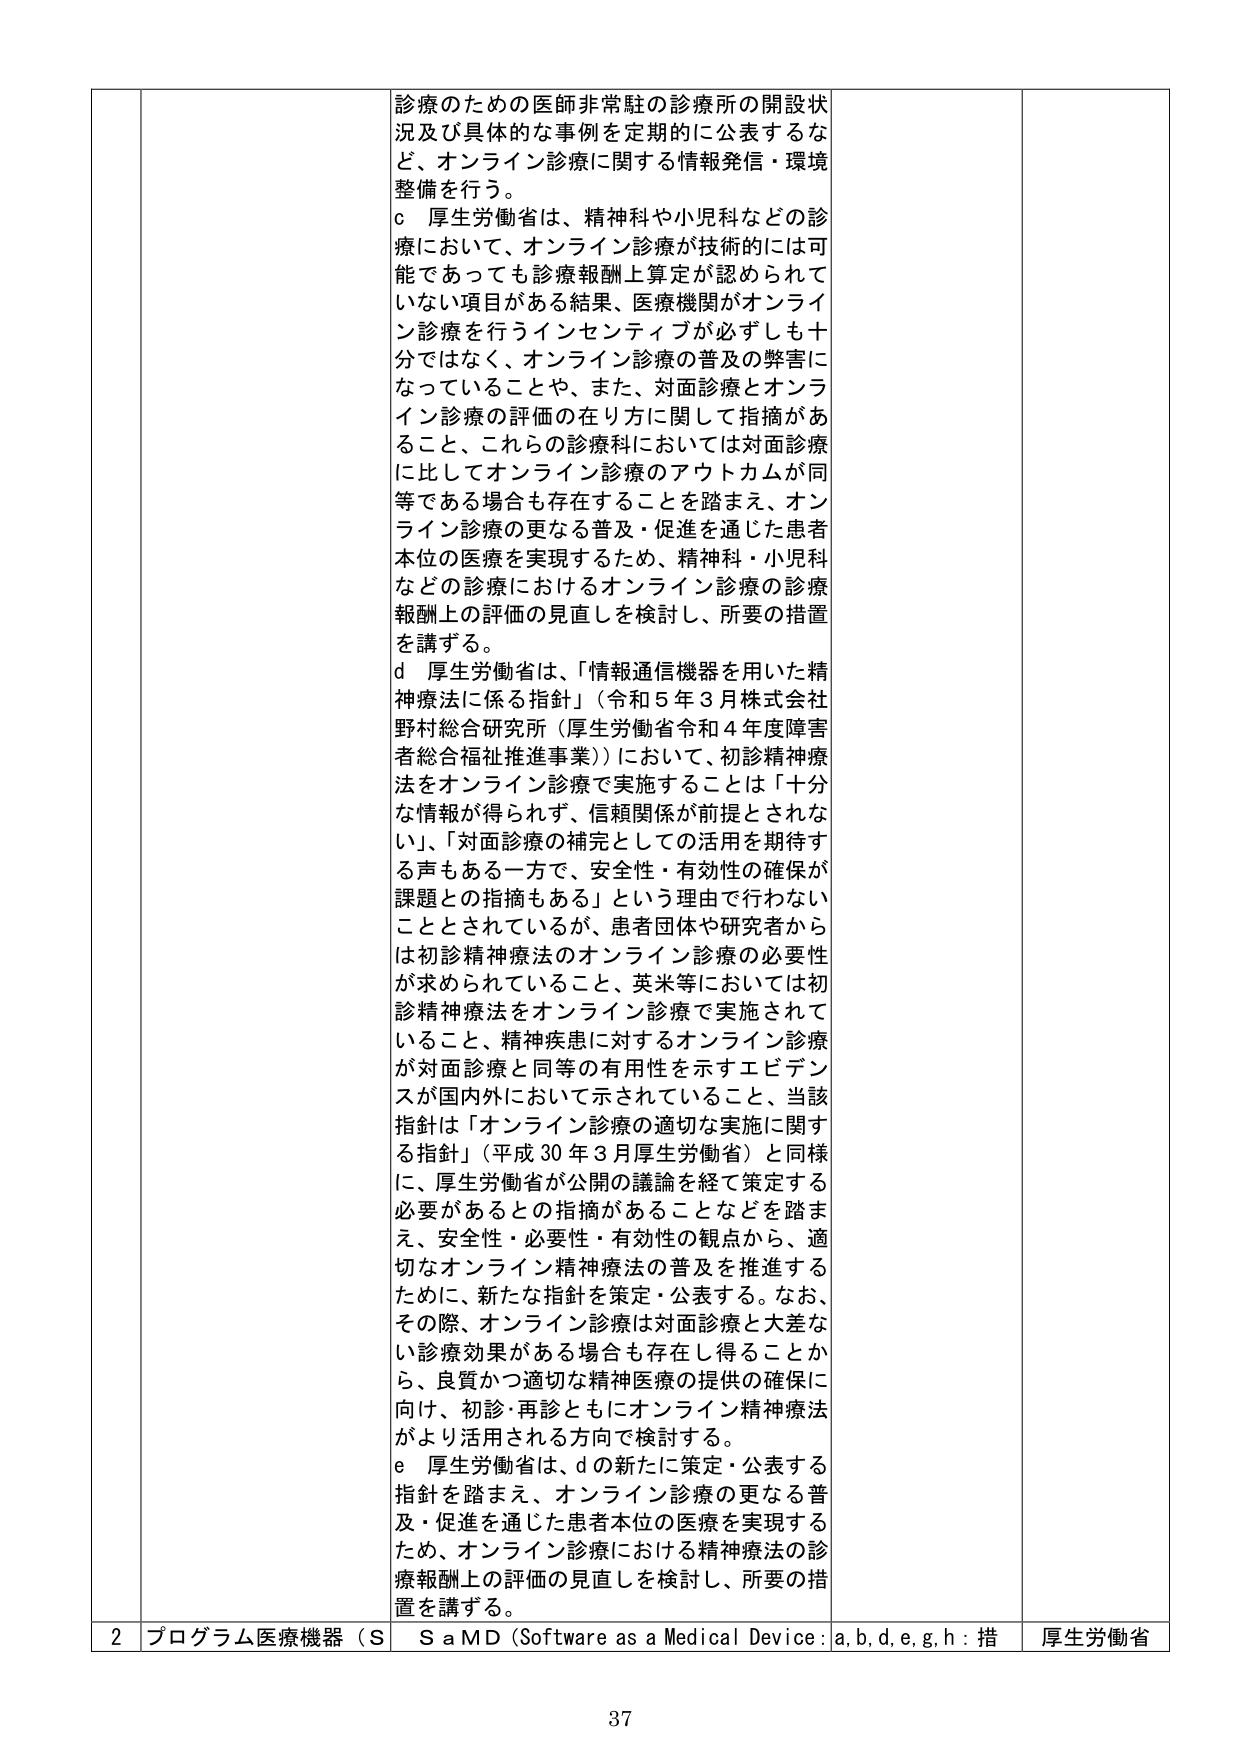
診療のための医師非常駐の診療所の開設状況及び具体的な事例を定期的に公表するなど、オンライン診療に関する情報発信・環境整備を行う。

c 厚生労働省は、精神科や小児科などの診療において、オンライン診療が技術的には可能であっても診療報酬上算定が認められていない項目がある結果、医療機関がオンライン診療を行うインセンティブが必ずしも十分ではなく、オンライン診療の普及の弊害になっていることや、また、対面診療とオンライン診療の評価の在り方に関して指摘があること、これらの診療科においては対面診療に比してオンライン診療のアウトカムが同等である場合も存在することを踏まえ、オンライン診療の更なる普及・促進を通じた患者本位の医療を実現するため、精神科・小児科などの診療におけるオンライン診療の診療報酬上の評価の見直しを検討し、所要の措置を講ずる。

d 厚生労働省は、「情報通信機器を用いた精神療法に係る指針」（令和5年3月株式会社野村総合研究所（厚生労働省令和4年度障害者総合福祉推進事業））において、初診精神療法をオンライン診療で実施することは「十分な情報が得られず、信頼関係が前提とされない」、「対面診療の補完としての活用を期待する声もある一方で、安全性・有効性の確保が課題との指摘もある」という理由で行わないこととされているが、患者団体や研究者からは初診精神療法のオンライン診療の必要性が求められていること、英米等においては初診精神療法をオンライン診療で実施されていること、精神疾患に対するオンライン診療が対面診療と同等の有用性を示すエビデンスが国内外において示されていること、当該指針は「オンライン診療の適切な実施に関する指針」（平成30年3月厚生労働省）と同様に、厚生労働省が公開の議論を経て策定する必要があるとの指摘があることなどを踏まえ、安全性・必要性・有効性の観点から、適切なオンライン精神療法の普及を推進するために、新たな指針を策定・公表する。なお、その際、オンライン診療は対面診療と大差ない診療効果がある場合も存在し得ることから、良質かつ適切な精神医療の提供の確保に向け、初診・再診ともにオンライン精神療法がより活用される方向で検討する。

e 厚生労働省は、dの新たに策定・公表する指針を踏まえ、オンライン診療の更なる普及・促進を通じた患者本位の医療を実現するため、オンライン診療における精神療法の診療報酬上の評価の見直しを検討し、所要の措置を講ずる。

2 プログラム医療機器（S S a M D（Software as a Medical Device：a, b, d, e, g, h：措 厚生労働省

37